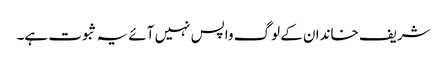
شریف خاندان کے لوگ واپس نہیں آئے یہ ثبوت ہے۔